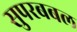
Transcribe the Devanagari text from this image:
सुपरबबल